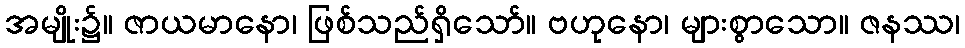
အမျိုး၌။ ဇာယမာနော၊ ဖြစ်သည်ရှိသော်။ ဗဟုနော၊ များစွာသော။ ဇနဿ၊